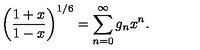
\biggl ( { \frac { 1 + x } { 1 - x } } \biggr ) ^ { 1 / 6 } = \sum _ { n = 0 } ^ { \infty } g _ { n } x ^ { n } .